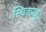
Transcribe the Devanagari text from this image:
स्थितप्रज्ञु